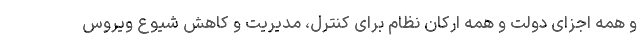
و همه اجزای دولت و همه ارکان نظام برای کنترل، مدیریت و کاهش شیوع ویروس